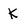
Character: K